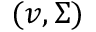
( v , \Sigma )